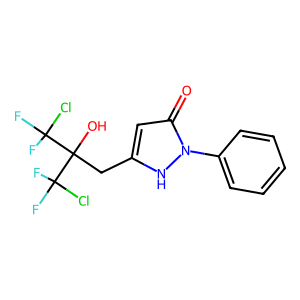
SMILES: O=c1cc(CC(O)(C(F)(F)Cl)C(F)(F)Cl)[nH]n1-c1ccccc1
Inhibits HIV replication: No